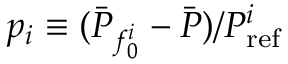
p _ { i } \equiv ( \bar { P } _ { f _ { 0 } ^ { i } } - \bar { P } ) / P _ { \mathrm { r e f } } ^ { i }